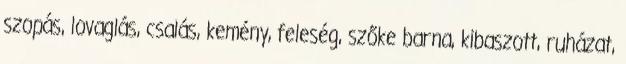
szopás, lovaglás, csalás, kemény, feleség, szőke barna, kibaszott, ruházat,